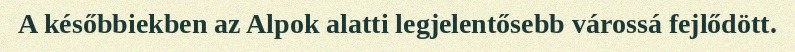
A későbbiekben az Alpok alatti legjelentősebb várossá fejlődött.